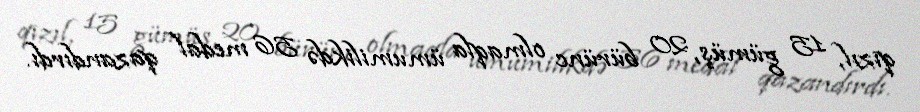
qızıl, 15 gümüş, 20 bürünc olmaqla ümumilikdə 56 medal qazandırdı.